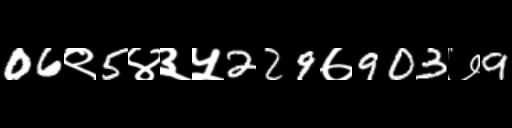
Text: 06९5४३५229७903७9